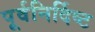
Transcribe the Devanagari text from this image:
पूर्वनिर्दिष्ट